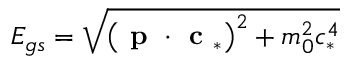
E _ { g s } = \sqrt { \left( \textbf { p } \cdot \textbf { c } _ { * } \right) ^ { 2 } + m _ { 0 } ^ { 2 } c _ { * } ^ { 4 } }